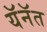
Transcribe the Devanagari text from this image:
यॅनॅत